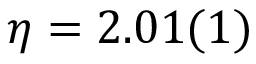
\eta = 2 . 0 1 ( 1 )